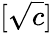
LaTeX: [\sqrt{c}]